65_HS1-834228961_62-HQ-83894_Section_1
Agency: FBI
Page 106
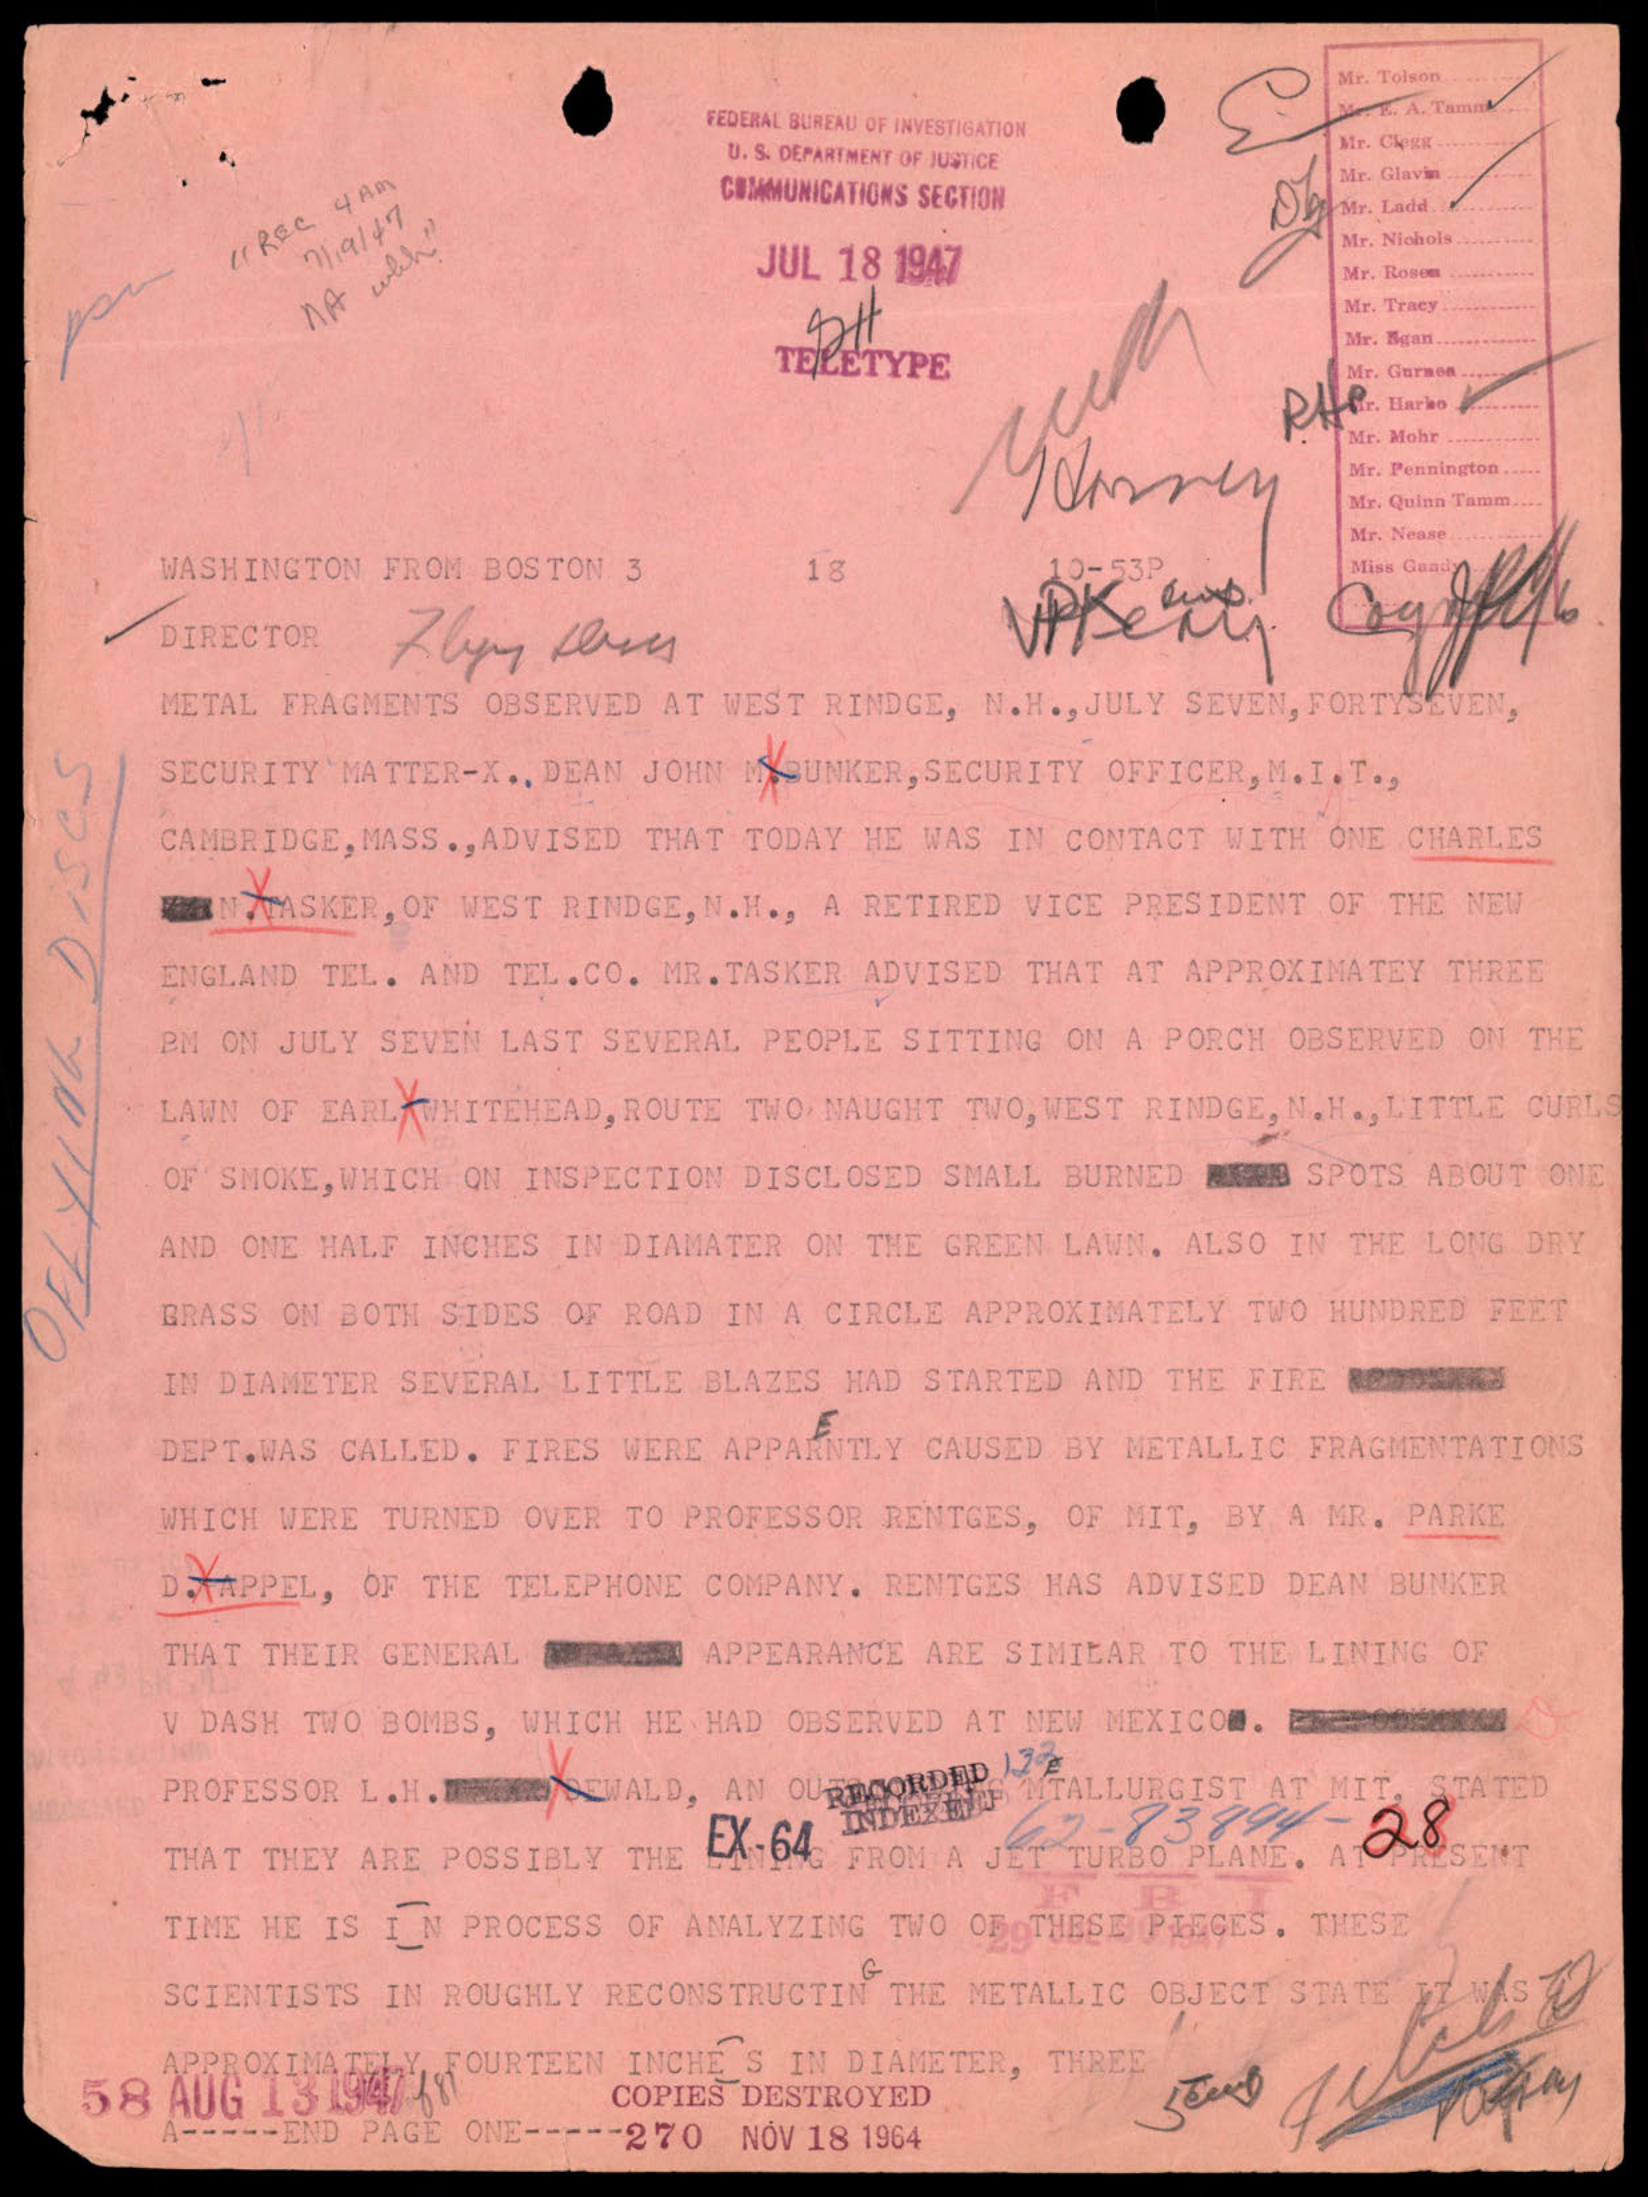